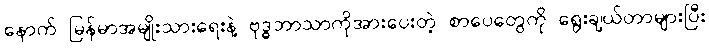
နောက် မြန်မာအမျိုးသားရေးနဲ့ ဗုဒ္ဓဘာသာကိုအားပေးတဲ့ စာပေတွေကို ရွေးချယ်တာများပြီး